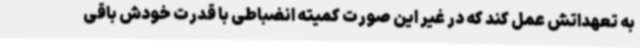
به تعهداتش عمل کند که در غیر این صورت کمیته انضباطی با قدرت خودش باقی